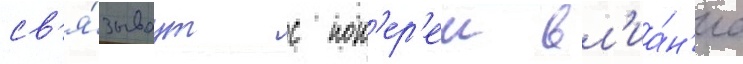
св'я́зываут с пот'ер'еи вл'иа́н'иа